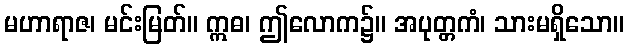
မဟာရာဇ၊ မင်းမြတ်။ ဣဓ၊ ဤလောက၌။ အပုတ္တကံ၊ သားမရှိသော။